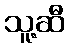
သူ့ဆီ